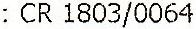
: CR 1803/0064